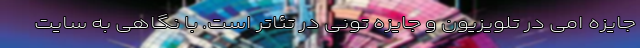
جایزه امی در تلویزیون و جایزه تونی در تئاتر است. با نگاهی به سایت